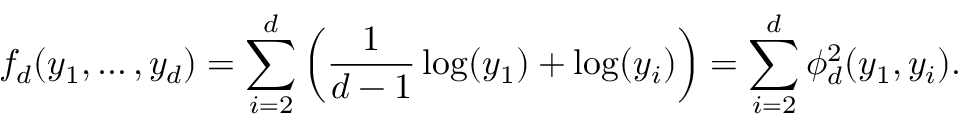
f _ { d } ( y _ { 1 } , \dots , y _ { d } ) = \sum _ { i = 2 } ^ { d } \left( \frac { 1 } { d - 1 } \log ( y _ { 1 } ) + \log ( y _ { i } ) \right) = \sum _ { i = 2 } ^ { d } \phi _ { d } ^ { 2 } ( y _ { 1 } , y _ { i } ) .